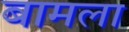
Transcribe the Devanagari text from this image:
बामला